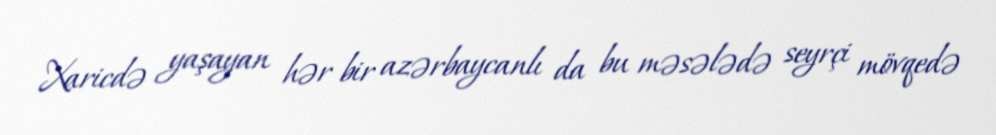
Xaricdə yaşayan hər bir azərbaycanlı da bu məsələdə seyrçi mövqedə